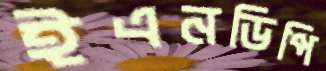
ইএনডিপি